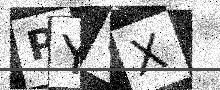
Text: PYUX